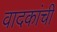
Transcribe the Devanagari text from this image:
वादकांची